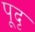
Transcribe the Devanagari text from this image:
पूदृ